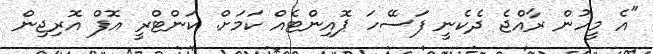
"އެ މީހުން ރާއްޖެ ދެކެނީ ފަސޭހަ ޕޮއިންޓެއް ކަމަށް. ކަންޓްރީ އޮފް އޮރިޖިން